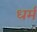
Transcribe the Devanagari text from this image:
ध्‍ार्म